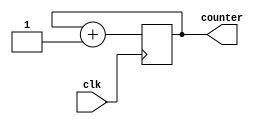
`ifndef MODULE_RINGCOUNTER
`define MODULE_RINGCOUNTER
`timescale 1ns / 1ps
//////////////////////////////////////////////////////////////////////////////////
// Company: 
// Engineer: 
// 
// Design Name: 
// Module Name: ringCounter
// Project Name: 
// Target Devices: 
// Tool Versions: 
// Description: 
// 
// Dependencies: 
// 
// Revision:
// Revision 0.01 - File Created
// Additional Comments:
// 
//////////////////////////////////////////////////////////////////////////////////


module ringCounter(clk, counter);
    input clk;
    output reg[1:0] counter;
    initial begin
        counter = 2'b0;
    end

    always @(posedge clk) begin
        counter = counter + 1;
    end
endmodule

`endif